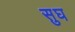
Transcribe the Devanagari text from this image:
सुघ